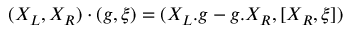
( X _ { L } , X _ { R } ) \cdot ( g , \xi ) = ( X _ { L } . g - g . X _ { R } , [ X _ { R } , \xi ] )